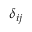
\delta _ { i j }